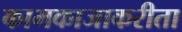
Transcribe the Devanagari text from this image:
कामकाजाकरीता